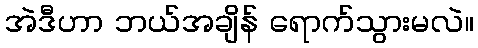
အဲဒီဟာ ဘယ်အချိန် ရောက်သွားမလဲ။